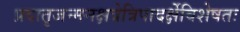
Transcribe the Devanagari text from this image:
प्रदातृजन्मनक्षत्रेत्रिपादर्क्षेविशेषतः